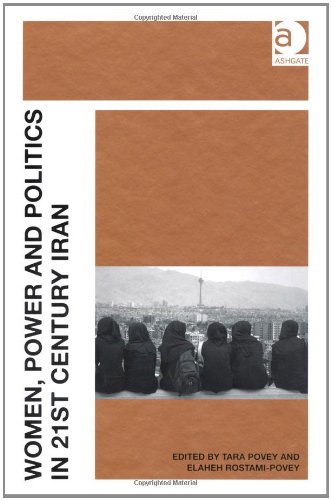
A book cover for Women, Power and Politics in 21st Century Iran; Tara Povey; Gay & Lesbian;